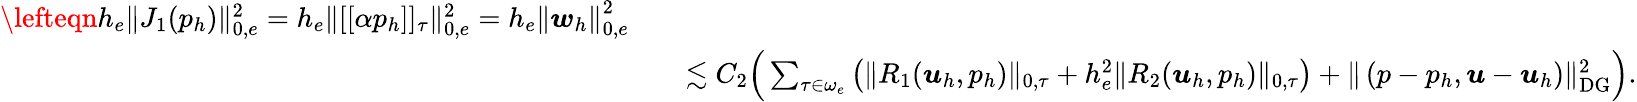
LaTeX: \begin{array}{rlr}{\lefteqn{h_{e}\| J_{1}(p_{h})\| _{0,e}^{2}=h_{e}\| [[\alpha p_{h}]]_{\tau}\| _{0,e}^{2}=h_{e}\left\| \boldsymbol{w}_{h}\right\| _{0,e}^{2}}}\\ &{}&{\lesssim C_{2}\Big(\sum_{\tau\in\omega_{e}}\left(\| R_{1}(\boldsymbol{u}_{h},p_{h})\| _{0,\tau}+h_{e}^{2}\| R_{2}(\boldsymbol{u}_{h},p_{h})\| _{0,\tau}\right)+\| \left(p-p_{h},\boldsymbol{u}-\boldsymbol{u}_{h}\right)\| _{\mathrm{DG}}^{2}\Big).}\end{array}